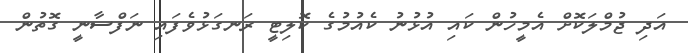
އަދި ޖުމްލަކޮށް އެމީހުން ކައި އުޅުނު ކެއުމުގެ ކޮލިޓީ ރަނގަޅުވެފައި ނަފްސާނީ ގޮތުން